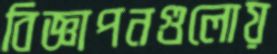
বিজ্ঞাপনগুলোয়